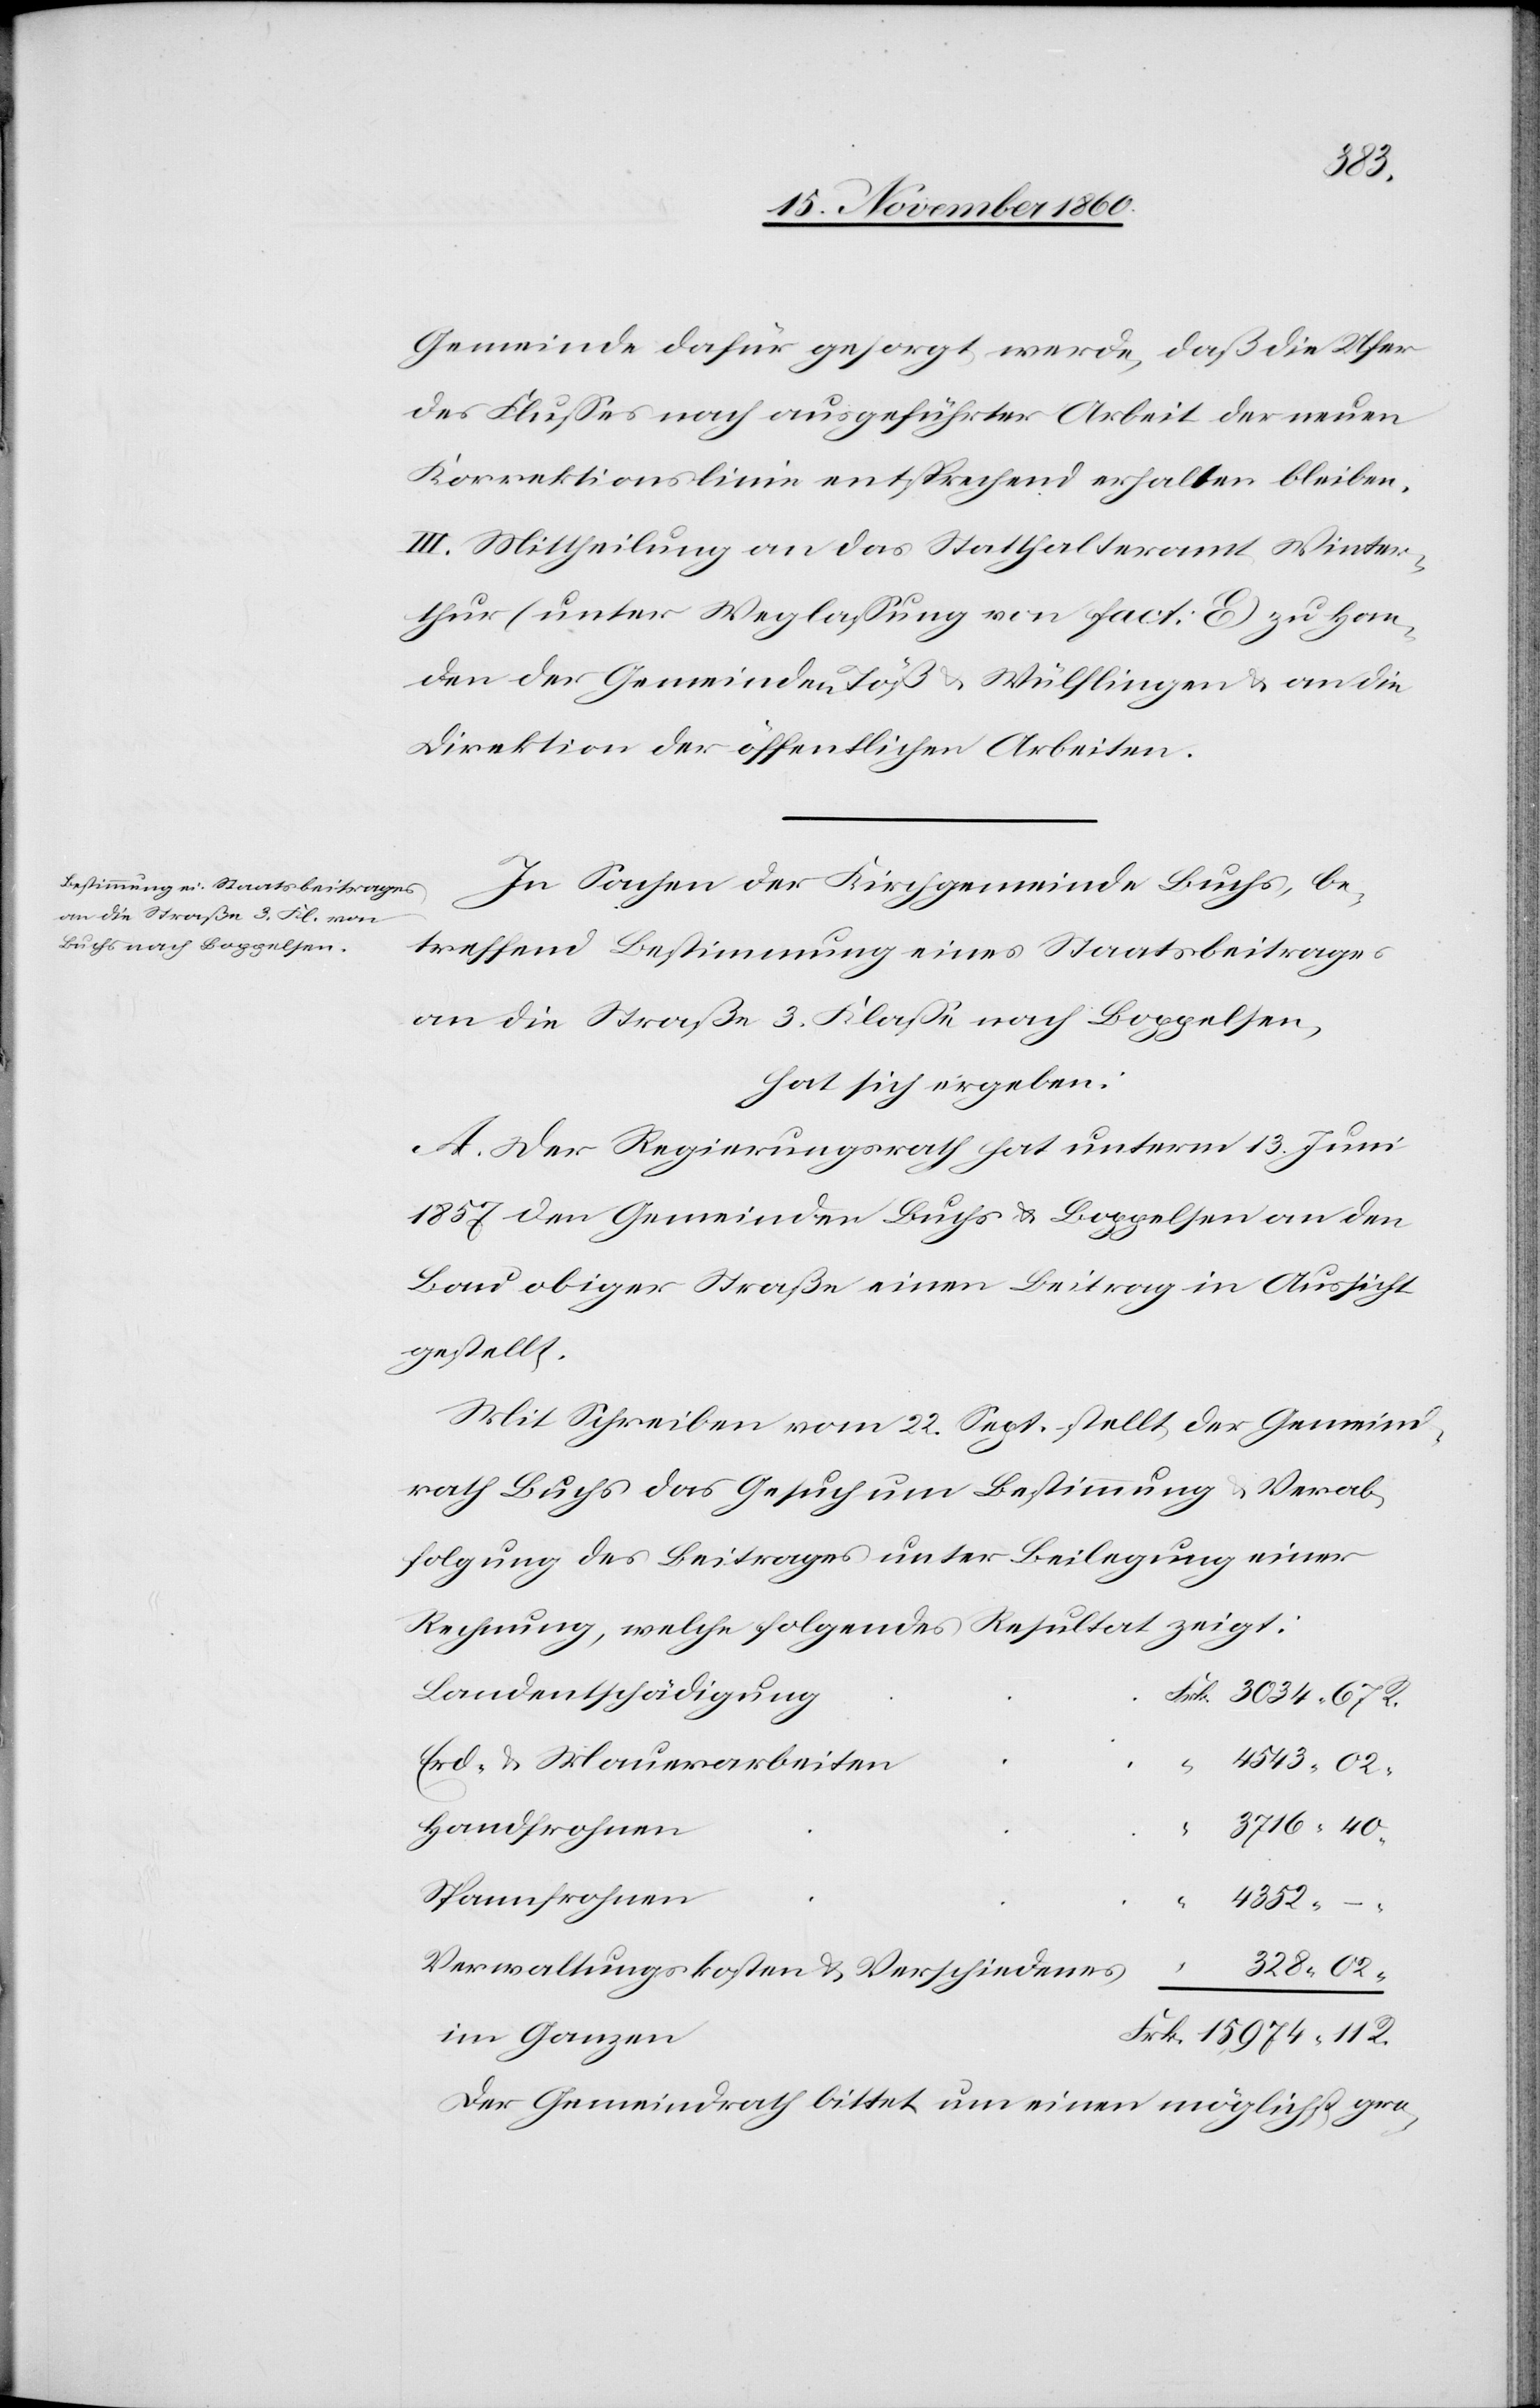
R.
Gemeinde dafür gesorgt werde, daß die Ufer
des Flusses nach ausgeführter Arbeit der neuen
Korrektionslinie entsprechend erhalten bleiben.
III. Mittheilung an das Statthalteramt Winter¬
thur (unter Weglassung von Fact. E) zu Han¬
den der Gemeinden Töß u. Wülflingen u. an die
Direktion der öffentlichen Arbeiten.
In Sachen der Kirchgemeinde Buchs, be¬
treffend Bestimmung eines Staatsbeitrages
an die Straße 3. Klasse nach Boppelsen,
hat sich ergeben:
A. Der Regierungsrath hat unterm 13. Juni
1857 den Gemeinden Buchs u. Boppelsen an den
Bau obiger Straße einen Beitrag in Aussicht
gestellt.
Mit Schreiben vom 22. Sept. stellt der Gemeind¬
rath Buchs das Gesuch um Bestimmung u. Verab¬
folgung des Beitrages unter Beilegung einer
Rechnung, welche folgendes Resultat zeigt:
Landentschädigung
Erd- u. Mauerarbeiten
Handfrohnen
Spannfrohnen
“
4352
–
Verwaltungskosten u. Verschiedenes
im Ganzen
Der Gemeindrath bittet um einen möglichst gro-